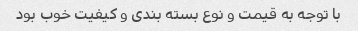
با توجه به قیمت و نوع بسته بندی و کیفیت خوب بود